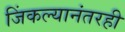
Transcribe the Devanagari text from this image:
जिंकल्यानंतरही